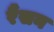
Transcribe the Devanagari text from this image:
रैंसन